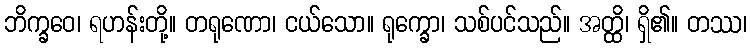
ဘိက္ခဝေ၊ ရဟန်းတို့။ တရုဏော၊ ငယ်သော။ ရုက္ခော၊ သစ်ပင်သည်။ အတ္ထိ၊ ရှိ၏။ တဿ၊